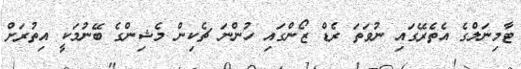
ޓާމިނަލްގެ އެތެރޭގައި ނުވަތަ ރެޑް ޒޯންގައި ހުންނަ ޗެކިން މެޝިންގެ ބޭނުމަކީ އިތުރަށް